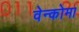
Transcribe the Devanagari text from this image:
वेन्कोमा